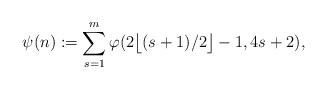
LaTeX: \begin{align*}\psi (n):= \sum_{s=1}^m \varphi (2 \big\lfloor (s+1)/2 \big\rfloor-1,4s+2),\end{align*}